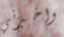
واخبرني